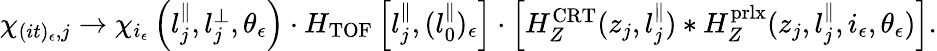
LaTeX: \begin{array}{r}{\chi_{(it)_{\epsilon},j}\rightarrow\chi_{i_{\epsilon}}\left(l_{j}^{\parallel},l_{j}^{\perp},\theta_{\epsilon}\right)\cdot H_{\mathrm{TOF}}\left[l_{j}^{\parallel},(l_{0}^{\parallel})_{\epsilon}\right]\cdot\left[H_{Z}^{\mathrm{CRT}}(z_{j},l_{j}^{\parallel})*H_{Z}^{\mathrm{prlx}}(z_{j},l_{j}^{\parallel},i_{\epsilon},\theta_{\epsilon})\right].}\end{array}